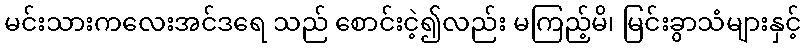
မင်းသားကလေးအင်ဒရေ သည် စောင်းငဲ့၍လည်း မကြည့်မိ၊ မြင်းခွာသံများနှင့်